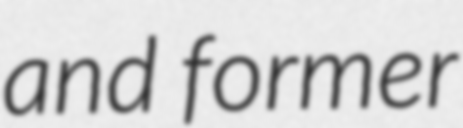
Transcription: and former